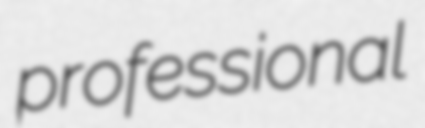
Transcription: professional